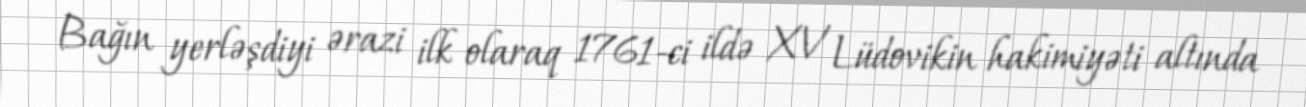
Bağın yerləşdiyi ərazi ilk olaraq 1761-ci ildə XV Lüdovikin hakimiyəti altında